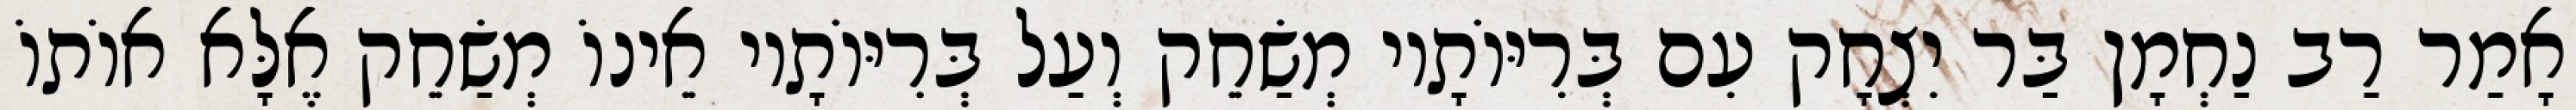
אָמַר רַב נַחְמָן בַּר יִצְחָק עִם בְּרִיּוֹתָיו מְשַׂחֵק וְעַל בְּרִיּוֹתָיו אֵינוֹ מְשַׂחֵק אֶלָּא אוֹתוֹ